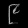
Digit: ၉